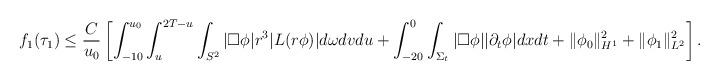
LaTeX: \begin{align*} \begin{aligned} f_1 (\tau_1) \le {C \over u_0} \left [\int_{-10}^{u_0} \int_u^{2 T - u} \int_{S^2} |\Box \phi| r^3 |L(r \phi)| d \omega d v d u + \int_{-20}^0 \int_{\Sigma_t} |\Box \phi| |\partial_t \phi| d x d t + \Vert \phi_0 \Vert_{H^1}^2 + \Vert \phi_1 \Vert_{L^2}^2 \right ]. \end{aligned}\end{align*}